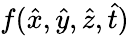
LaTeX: f(\hat{x},\hat{y},\hat{z},\hat{t})